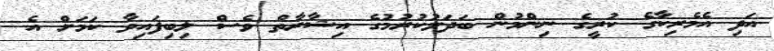
އަދި އެމެރިކާގެ ކުރީގެ ނިންމުން ބަދަލުކުރުމުގެ އިޝާރާތް ވެސް ލިބިފައިވާ ކަމަށް އެ